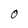
Character: O